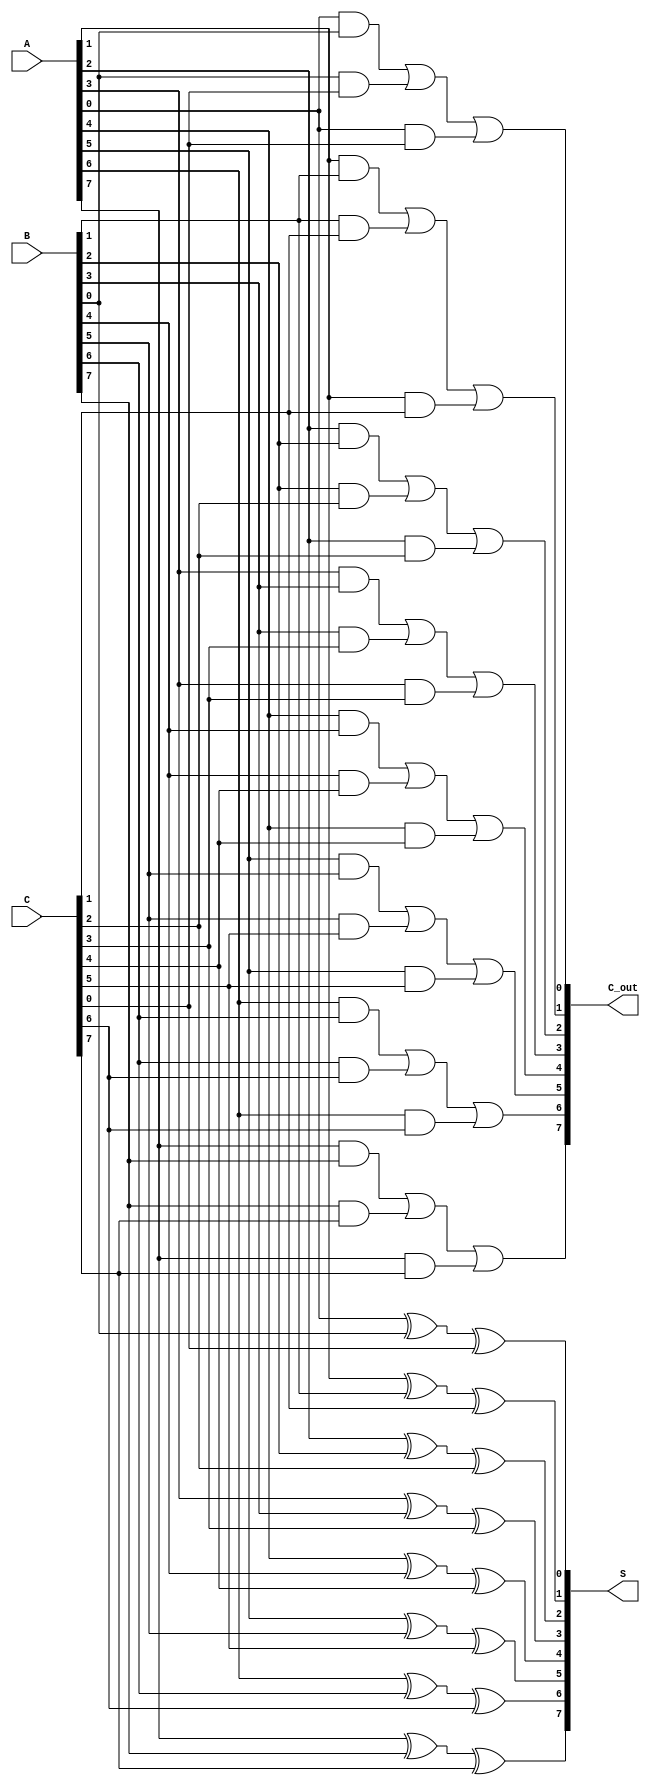
module Modified_Carry_Save_Adder #(parameter N = 8) (
    input  [N-1:0] A,  // First input number
    input  [N-1:0] B,  // Second input number
    input  [N-1:0] C,  // Third input number
    output [N-1:0] S,  // Sum output
    output [N-1:0] C_out // Carry output
);

    genvar i;

    // Calculate partial sums and carries for each bit position
    generate
        for (i = 0; i < N; i = i + 1) begin : CSA_Bit
            assign S[i] = A[i] ^ B[i] ^ C[i]; // Sum calculation
            assign C_out[i] = (A[i] & B[i]) | (B[i] & C[i]) | (A[i] & C[i]); // Carry calculation
        end
    endgenerate

endmodule